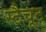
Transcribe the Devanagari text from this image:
स्टैचूट